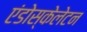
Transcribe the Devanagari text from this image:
एंडोस्केलेटन